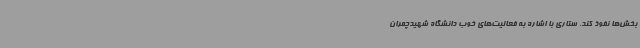
بخش‌ها نفوذ کند. ستاری با اشاره به فعالیت‌های خوب دانشگاه شهیدچمران